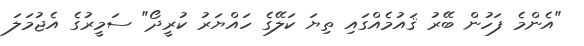
"އެންމެ ފަހުން ބޭރު ޤައުމެއްގައި ތިޔަ ކަލޭގެ ހައްޔަރު ކުރީދޯ" ސަމީރުގެ އެޖުމަލަ